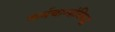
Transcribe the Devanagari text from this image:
कर्मचार्‍यांविरुद्ध